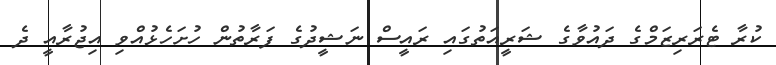
ކުރާ ޓެރަރިޒަމްގެ ދައުވާގެ ޝަރީއަތުގައި ރައީސް ނަޝީދުގެ ފަރާތުން ހުށަހެޅުއްވި އިޖުރާއީ ދެ